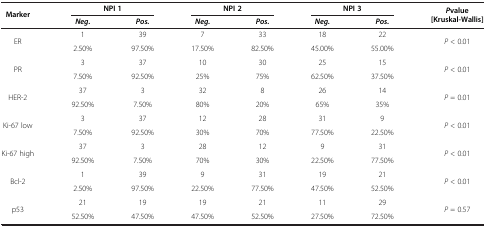
<table><thead><tr><td rowspan="2"><b>Marker</b></td><td colspan="2"><b>NPI 1</b></td><td colspan="2"><b>NPI 2</b></td><td colspan="2"><b>NPI 3</b></td><td rowspan="2"><b><i>P</i>value [Kruskal-Wallis]</b></td></tr><tr><td><b><i>Neg.</i></b></td><td><b><i>Pos.</i></b></td><td><b><i>Neg.</i></b></td><td><b><i>Pos.</i></b></td><td><b><i>Neg.</i></b></td><td><b><i>Pos.</i></b></td></tr></thead><tbody><tr><td rowspan="2">ER</td><td>1</td><td>39</td><td>7</td><td>33</td><td>18</td><td>22</td><td rowspan="2"><i>P</i> &lt; 0.01</td></tr><tr><td>2.50%</td><td>97.50%</td><td>17.50%</td><td>82.50%</td><td>45.00%</td><td>55.00%</td></tr><tr><td rowspan="2">PR</td><td>3</td><td>37</td><td>10</td><td>30</td><td>25</td><td>15</td><td rowspan="2"><i>P</i> &lt; 0.01</td></tr><tr><td>7.50%</td><td>92.50%</td><td>25%</td><td>75%</td><td>62.50%</td><td>37.50%</td></tr><tr><td rowspan="2">HER-2</td><td>37</td><td>3</td><td>32</td><td>8</td><td>26</td><td>14</td><td rowspan="2"><i>P</i> = 0.01</td></tr><tr><td>92.50%</td><td>7.50%</td><td>80%</td><td>20%</td><td>65%</td><td>35%</td></tr><tr><td rowspan="2">Ki-67 low</td><td>3</td><td>37</td><td>12</td><td>28</td><td>31</td><td>9</td><td rowspan="2"><i>P</i> &lt; 0.01</td></tr><tr><td>7.50%</td><td>92.50%</td><td>30%</td><td>70%</td><td>77.50%</td><td>22.50%</td></tr><tr><td rowspan="2">Ki-67 high</td><td>37</td><td>3</td><td>28</td><td>12</td><td>9</td><td>31</td><td rowspan="2"><i>P</i> &lt; 0.01</td></tr><tr><td>92.50%</td><td>7.50%</td><td>70%</td><td>30%</td><td>22.50%</td><td>77.50%</td></tr><tr><td rowspan="2">Bcl-2</td><td>1</td><td>39</td><td>9</td><td>31</td><td>19</td><td>21</td><td rowspan="2"><i>P</i> &lt; 0.01</td></tr><tr><td>2.50%</td><td>97.50%</td><td>22.50%</td><td>77.50%</td><td>47.50%</td><td>52.50%</td></tr><tr><td rowspan="2">p53</td><td>21</td><td>19</td><td>19</td><td>21</td><td>11</td><td>29</td><td rowspan="2"><i>P</i> = 0.57</td></tr><tr><td>52.50%</td><td>47.50%</td><td>47.50%</td><td>52.50%</td><td>27.50%</td><td>72.50%</td></tr></tbody></table>